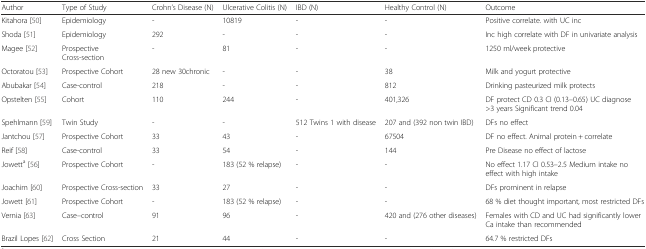
<table><thead><tr><td><b>Author</b></td><td><b>Type of Study</b></td><td><b>Crohn’s Disease (N)</b></td><td><b>Ulcerative Colitis (N)</b></td><td><b>IBD (N)</b></td><td><b>Healthy Control (N)</b></td><td><b>Outcome</b></td></tr></thead><tbody><tr><td>Kitahora [50]</td><td>Epidemiology</td><td>-</td><td>10819</td><td>-</td><td>-</td><td>Positive correlate. with UC inc</td></tr><tr><td>Shoda [51]</td><td>Epidemiology</td><td>292</td><td>-</td><td>-</td><td>-</td><td>Inc high correlate with DF in univariate analysis</td></tr><tr><td>Magee [52]</td><td>Prospective Cross-section</td><td>-</td><td>81</td><td>-</td><td>-</td><td>1250 ml/week protective</td></tr><tr><td>Octoratou [53]</td><td>Prospective Cohort</td><td>28 new 30chronic</td><td>-</td><td>-</td><td>38</td><td>Milk and yogurt protective</td></tr><tr><td>Abubakar [54]</td><td>Case-control</td><td>218</td><td>-</td><td>-</td><td>812</td><td>Drinking pasteurized milk protects</td></tr><tr><td>Opstelten [55]</td><td>Cohort</td><td>110</td><td>244</td><td>-</td><td>401,326</td><td>DF protect CD 0.3 CI (0.13–0.65) UC diagnose &gt;3 years Significant trend 0.04</td></tr><tr><td>Spehlmann [59]</td><td>Twin Study</td><td>-</td><td>-</td><td>512 Twins 1 with disease</td><td>207 and (392 non twin IBD)</td><td>DFs no effect</td></tr><tr><td>Jantchou [57]</td><td>Prospective Cohort</td><td>33</td><td>43</td><td>-</td><td>67504</td><td>DF no effect. Animal protein + correlate</td></tr><tr><td>Reif [58]</td><td>Case-control</td><td>33</td><td>54</td><td>-</td><td>144</td><td>Pre Disease no effect of lactose</td></tr><tr><td>Jowett<sup>a</sup> [56]</td><td>Prospective Cohort</td><td>-</td><td>183 (52 % relapse)</td><td>-</td><td>-</td><td>No effect 1.17 CI 0.53–2.5 Medium intake no effect with high intake</td></tr><tr><td>Joachim [60]</td><td>Prospective Cross-section</td><td>33</td><td>27</td><td>-</td><td>-</td><td>DFs prominent in relapse</td></tr><tr><td>Jowett [61]</td><td>Prospective Cohort</td><td>-</td><td>183 (52 % relapse)</td><td>-</td><td>-</td><td>68 % diet thought important, most restricted DFs</td></tr><tr><td>Vernia [63]</td><td>Case–control</td><td>91</td><td>96</td><td>-</td><td>420 and (276 other diseases)</td><td>Females with CD and UC had significantly lower Ca intake than recommended</td></tr><tr><td>Brazil Lopes [62]</td><td>Cross Section</td><td>21</td><td>44</td><td>-</td><td>-</td><td>64.7 % restricted DFs</td></tr></tbody></table>